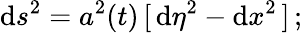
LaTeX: \mathrm{d}s^{2}=a^{2}(t)\, [\, \mathrm{d}{\eta}^{2}-\mathrm{d}x^{2}\, ]\, ;